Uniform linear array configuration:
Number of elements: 8
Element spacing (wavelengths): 0.75
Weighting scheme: blackman
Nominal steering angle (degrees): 60
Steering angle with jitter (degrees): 59.019
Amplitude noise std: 0.05
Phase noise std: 0.05

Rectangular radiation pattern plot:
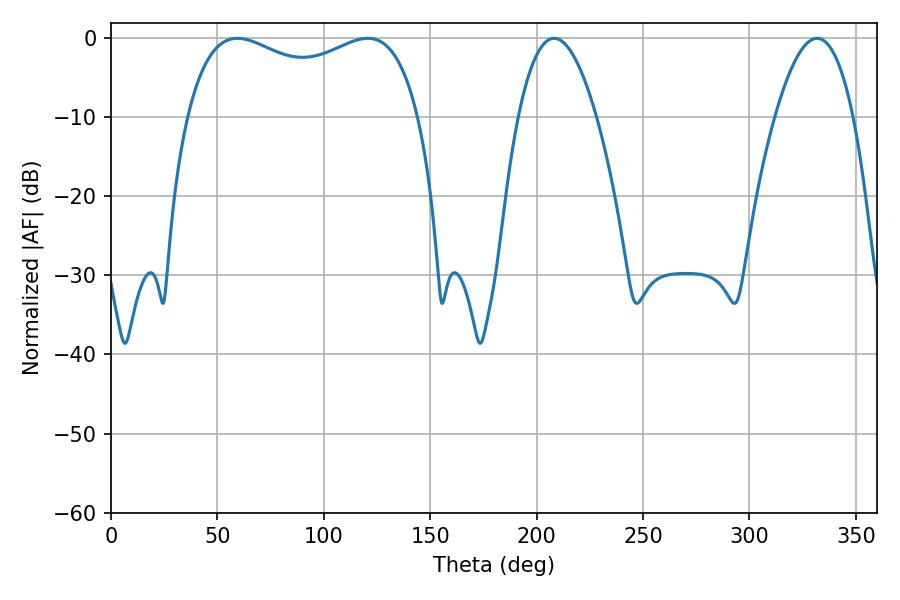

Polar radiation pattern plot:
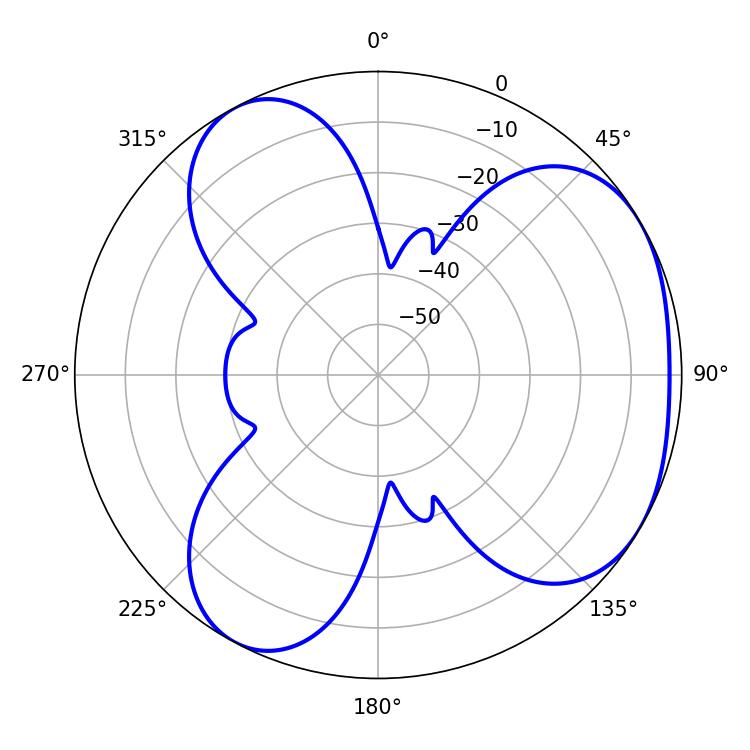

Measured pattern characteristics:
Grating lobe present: TRUE
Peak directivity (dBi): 3.985
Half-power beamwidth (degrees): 90
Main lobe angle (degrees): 59.4